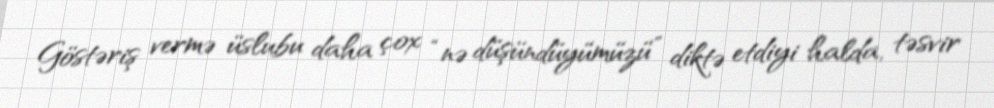
Göstəriş vermə üslubu daha çox “nə düşündüyümüzü” diktə etdiyi halda, təsvir